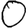
Digit: 0